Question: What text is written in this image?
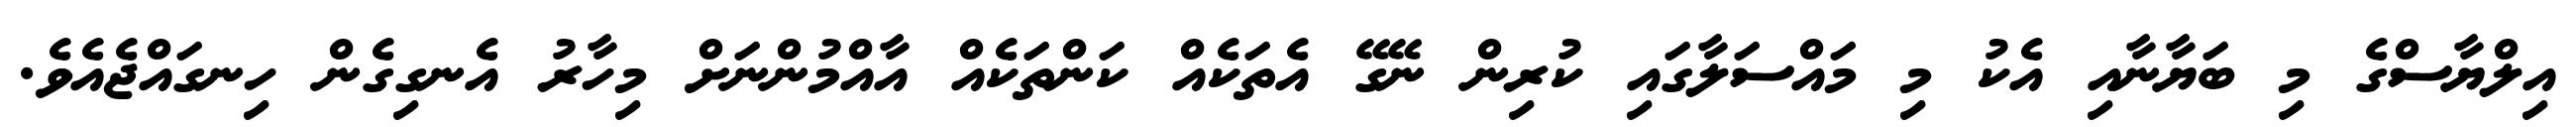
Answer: އިލްޔާސްގެ މި ބަޔާނާއި އެކު މި މައްސަލާގައި ކުރިން ނޭގޭ އެތަކެއް ކަންތަކެއް އާއްމުންނަށް މިހާރު އެނގިގެން ހިނގައްޖެއެވެ.